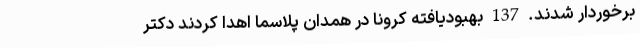
برخوردار شدند. 137 بهبودیافته کرونا در همدان پلاسما اهدا کردند دکتر